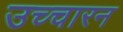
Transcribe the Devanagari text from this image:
उच्चारन